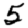
Digit: 5